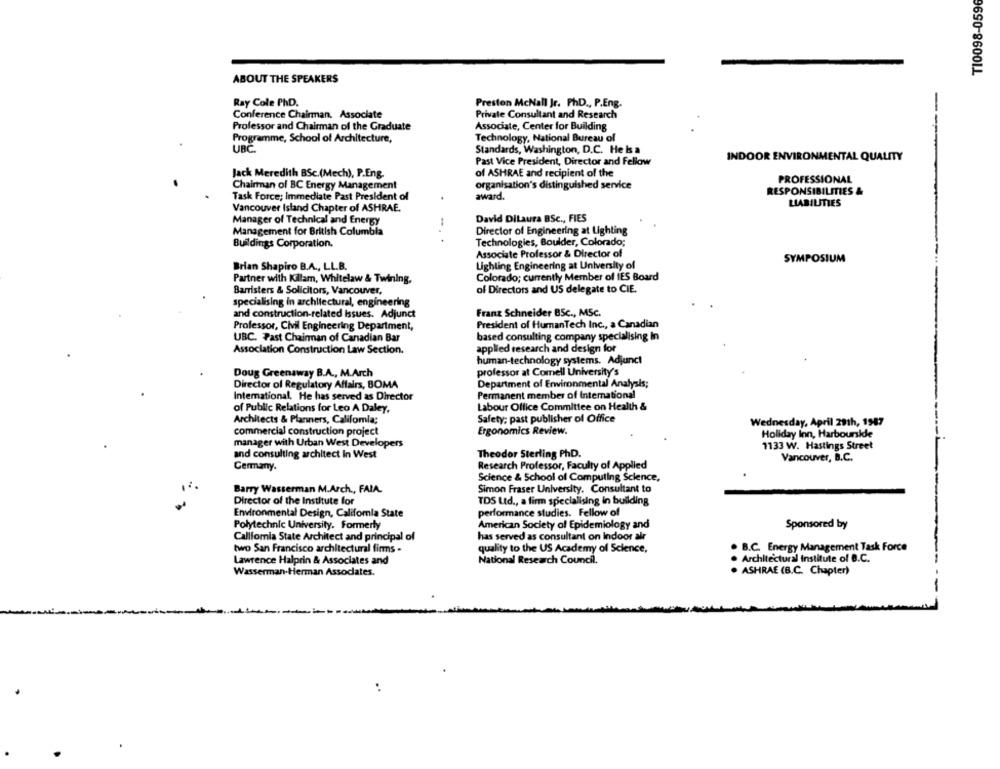
TI0098-0596
ABOUT THE SPEAKERS
Ray Cole PhD.
Preston McNall Jr. PhD ., P.Eng.
Conference Chairman, Associate
Private Consultant and Research
Professor and Chairman of the Graduate
Associate, Center for Building
Programme, School of Architecture,
Technology, National Bureau of
UBC.
Standards, Washington, D.C. He is a
Past Vice President, Director and Fellow
INDOOR ENVIRONMENTAL QUALITY
Jack Meredith BSc.(Mech), P.Eng.
of ASHRAE and recipient of the
PROFESSIONAL
organisation's distinguished service
Chairman of BC Energy Management
RESPONSIBILITIES &
Task Force; Immediate Past President of
award.
Vancouver Island Chapter of ASHRAE.
LIABILITIES
Manager of Technical and Energy
David DiLaura BSc ., FIES
Management for British Columbia
Director of Engineering at Lighting
... .
Buildings Corporation,
Technologies, Boulder, Colorado;
Associate Professor & Director of
SYMPOSIUM
Brian Shapiro B.A ., LL.B.
Lighting Engineering at University of
Colorado; currently Member of IES Board
Partner with Killam, Whitelaw & Twining,
Barristers & Solicitors, Vancouver,
of Directors and US delegate to CIE.
specialising in architectural, engineering
and construction-related Issues. Adjunct
Franz Schneider BSc ., MSC.
President of HumanTech Inc ., a Canadian
Professor, Civil Engineering Department,
UBC. Fast Chairman of Canadian Bar
based consulting company specialising in
Association Construction Law Section.
applied research and design for
human-technology systems. Adjunct
Doug Greenaway B.A ., M.Arch
professor at Comell University's
Director of Regulatory Affairs, BOMA
Department of Environmental Analysis;
International. He has served as Director
Permanent member of International
Labour Office Committee on Health &
of Public Relations for Leo A Daley,
Architects & Planners, Califomia;
Safety; past publisher of Office
Wednesday, April 29th, 1987
Ergonomics Review.
commercial construction project
Holiday Inn, Harbourside
manager with Urban West Developers
1133 W. Hastings Street
and consulting architect in West
Theodor Sterling PhD.
Vancouver, B.C.
Cermany.
Research Professor, Faculty of Applied
Science & School of Computing Science,
Barry Wasserman M.Arch ., FAIA.
Simon Fraser University. Consultant to
Director of the Institute for
TDS Ltd ., a firm specialising in building
Environmental Design, California State
performance studies. Fellow of
Polytechnic University. Formerly
American Society of Epidemiology and
Sponsored by
Califomia State Architect and principal of
has served as consultant on Indoor air
. B.C. Energy Management Task Force
two San Francisco architectural firms .
quality to the US Academy of Science,
Lawrence Halprin & Associates and
National Research Council.
Architectural Institute of D.C.
Wasserman-Herman Associates.
ASHRAE (B.C. Chapter)
..